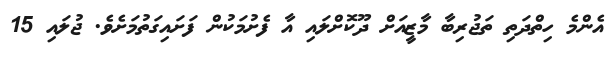
އެންމެ ހިތްދަތި ތަޖުރިބާ މާޒީއަށް ދޫކޮށްލައި އާ ފެށުމަކުން ފަށައިގަތުމަށެވެ. ޖުލައި 15